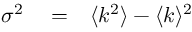
\begin{array} { r l r } { \sigma ^ { 2 } } & { { } = } & { \langle k ^ { 2 } \rangle - \langle k \rangle ^ { 2 } } \end{array}